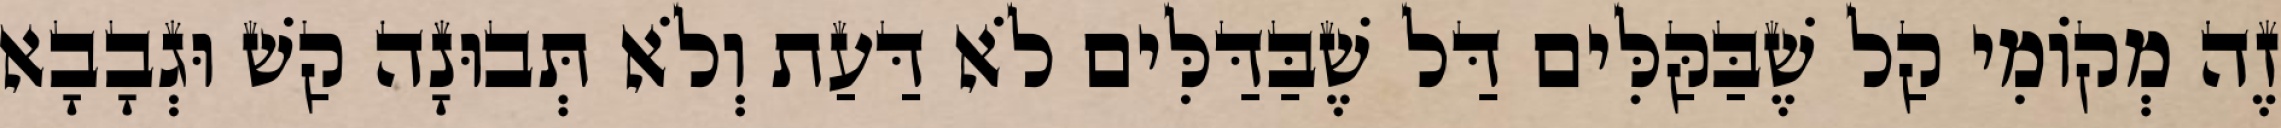
זֶה מְקוֹמִי קַל שֶׁבַּקַּלִּים דַּל שֶׁבַּדַּלִּים לֹא דַּעַת וְלֹא תְּבוּנָה קַשׁ וּגְבָבָא